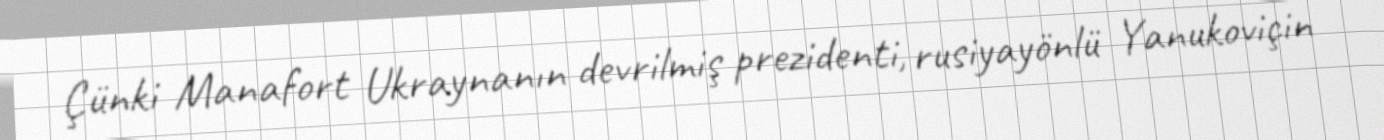
Çünki Manafort Ukraynanın devrilmiş prezidenti, rusiyayönlü Yanukoviçin